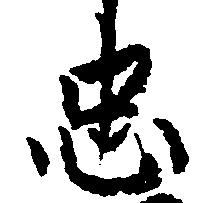
忠